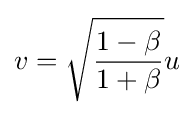
v={\sqrt {\frac {1-\beta }{1+\beta }}}u